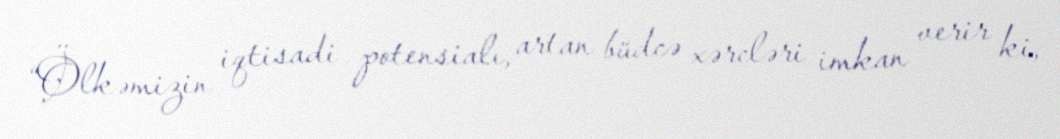
“Ölkəmizin iqtisadi potensialı, artan büdcə xərcləri imkan verir ki,